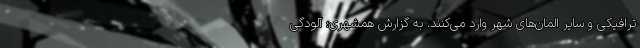
ترافیکی و سایر المان‌های شهر وارد می‌کنند. به گزارش همشهری؛ آلودگی